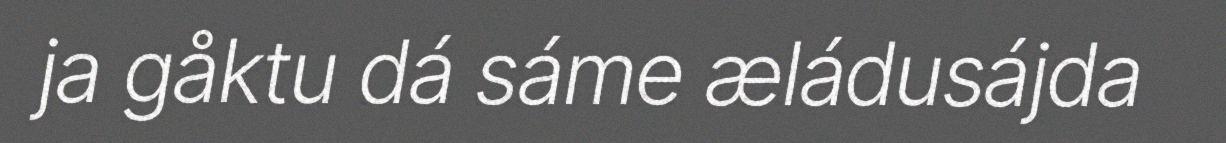
ja gåktu dá sáme æládusájda